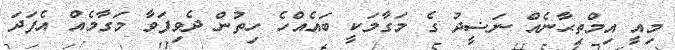
މިއީ އިމްތިޙާނެއް ނަޟީދު ގެ މަގާމަކީ ބައެއްހެ ހިތުން ދެވިފަވާ މަގާމެއް އެފަދަ